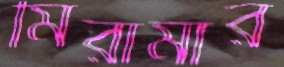
মিরামার